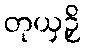
တုယှဉှိ